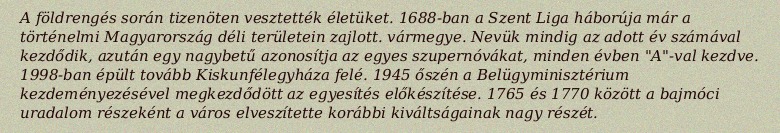
A földrengés során tizenöten vesztették életüket. 1688-ban a Szent Liga háborúja már a történelmi Magyarország déli területein zajlott. vármegye. Nevük mindig az adott év számával kezdődik, azután egy nagybetű azonosítja az egyes szupernóvákat, minden évben "A"-val kezdve. 1998-ban épült tovább Kiskunfélegyháza felé. 1945 őszén a Belügyminisztérium kezdeményezésével megkezdődött az egyesítés előkészítése. 1765 és 1770 között a bajmóci uradalom részeként a város elveszítette korábbi kiváltságainak nagy részét.